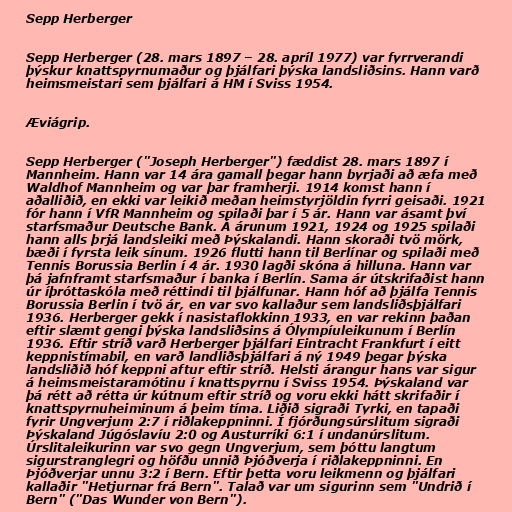
Sepp Herberger

Sepp Herberger (28. mars 1897 – 28. apríl 1977) var fyrrverandi
þýskur knattspyrnumaður og þjálfari þýska landsliðsins. Hann varð
heimsmeistari sem þjálfari á HM í Sviss 1954.

Æviágrip.

Sepp Herberger ("Joseph Herberger") fæddist 28. mars 1897 í
Mannheim. Hann var 14 ára gamall þegar hann byrjaði að æfa með
Waldhof Mannheim og var þar framherji. 1914 komst hann í
aðalliðið, en ekki var leikið meðan heimstyrjöldin fyrri geisaði. 1921
fór hann í VfR Mannheim og spilaði þar í 5 ár. Hann var ásamt því
starfsmaður Deutsche Bank. Á árunum 1921, 1924 og 1925 spilaði
hann alls þrjá landsleiki með Þýskalandi. Hann skoraði tvö mörk,
bæði í fyrsta leik sínum. 1926 flutti hann til Berlínar og spilaði með
Tennis Borussia Berlin í 4 ár. 1930 lagði skóna á hilluna. Hann var
þá jafnframt starfsmaður í banka í Berlín. Sama ár útskrifaðist hann
úr íþróttaskóla með réttindi til þjálfunar. Hann hóf að þjálfa Tennis
Borussia Berlin í tvö ár, en var svo kallaður sem landsliðsþjálfari
1936. Herberger gekk í nasistaflokkinn 1933, en var rekinn þaðan
eftir slæmt gengi þýska landsliðsins á Ólympíuleikunum í Berlín
1936. Eftir stríð varð Herberger þjálfari Eintracht Frankfurt í eitt
keppnistímabil, en varð landliðsþjálfari á ný 1949 þegar þýska
landsliðið hóf keppni aftur eftir stríð. Helsti árangur hans var sigur
á heimsmeistaramótinu í knattspyrnu í Sviss 1954. Þýskaland var
þá rétt að rétta úr kútnum eftir stríð og voru ekki hátt skrifaðir í
knattspyrnuheiminum á þeim tíma. Liðið sigraði Tyrki, en tapaði
fyrir Ungverjum 2:7 í riðlakeppninni. Í fjórðungsúrslitum sigraði
Þýskaland Júgóslavíu 2:0 og Austurríki 6:1 í undanúrslitum.
Úrslitaleikurinn var svo gegn Ungverjum, sem þóttu langtum
sigurstranglegri og höfðu unnið Þjóðverja í riðlakeppninni. En
Þjóðverjar unnu 3:2 í Bern. Eftir þetta voru leikmenn og þjálfari
kallaðir "Hetjurnar frá Bern". Talað var um sigurinn sem "Undrið í
Bern" ("Das Wunder von Bern").